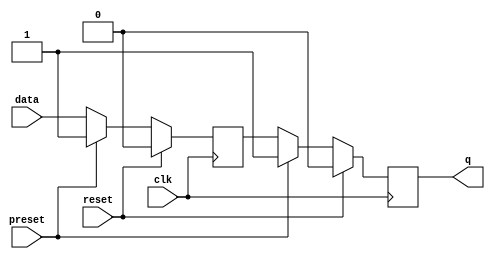
module flipflop (
    input clk,
    input reset,
    input preset,
    input data,
    output reg q
);

reg current_state, next_state;

always @(posedge clk) begin
    if (reset) begin
        current_state <= 0;
    end else if (preset) begin
        current_state <= 1;
    end else begin
        current_state <= next_state;
    end
end

always @(posedge clk) begin
    if (reset) begin
        q <= 0;
    end else if (preset) begin
        q <= 1;
    end else begin
        q <= current_state;
    end
end

always @* begin
    // Implementing the sequential logic for updating the state of the flip-flop
    next_state = data;
end

endmodule